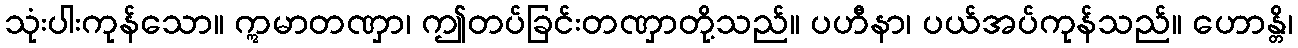
သုံးပါးကုန်သော။ ဣမာတဏှာ၊ ဤတပ်ခြင်းတဏှာတို့သည်။ ပဟီနာ၊ ပယ်အပ်ကုန်သည်။ ဟောန္တိ၊